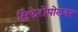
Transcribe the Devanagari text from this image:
सिंफेरोपोलवर